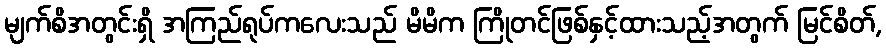
မျက်စိအတွင်းရှိ အကြည်ရုပ်ကလေးသည် မိမိက ကြိုတင်ဖြစ်နှင့်ထားသည့်အတွက် မြင်စိတ်,